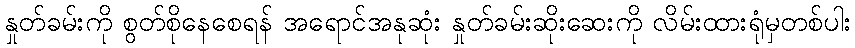
နှုတ်ခမ်းကို စွတ်စိုနေစေရန် အရောင်အနုဆုံး နှုတ်ခမ်းဆိုးဆေးကို လိမ်းထားရုံမှတစ်ပါး